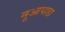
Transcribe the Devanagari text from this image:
नूआपाडा